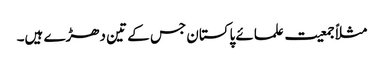
مثلاً جمعیت علمائے پاکستان جس کے تین دھڑے ہیں۔